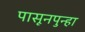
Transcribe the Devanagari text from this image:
पासूनपुन्हा